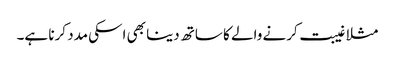
مثلا غیبت کرنے والے کا ساتھ دینا بھی اسکی مدد کرنا ہے۔